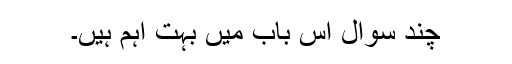
چند سوال اس باب میں بہت اہم ہیں۔